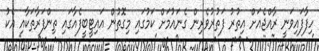
ހިފާފައިވަނީ ރާއްޖެއަށް އިތުރު ފަތުރުވެރިން ގެނައުމަށް ކަމުގައި މިގޮތުން އައިޓީބީފެއާގައި ތިންފަރާތަކާއި އެކު